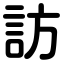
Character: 訪